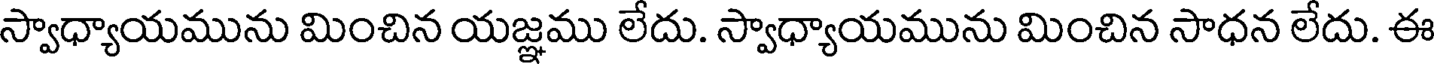
స్వాధ్యాయమును మించిన యజ్ఞము లేదు. స్వాధ్యాయమును మించిన సాధన లేదు. ఈ